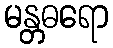
မန္တဓရော